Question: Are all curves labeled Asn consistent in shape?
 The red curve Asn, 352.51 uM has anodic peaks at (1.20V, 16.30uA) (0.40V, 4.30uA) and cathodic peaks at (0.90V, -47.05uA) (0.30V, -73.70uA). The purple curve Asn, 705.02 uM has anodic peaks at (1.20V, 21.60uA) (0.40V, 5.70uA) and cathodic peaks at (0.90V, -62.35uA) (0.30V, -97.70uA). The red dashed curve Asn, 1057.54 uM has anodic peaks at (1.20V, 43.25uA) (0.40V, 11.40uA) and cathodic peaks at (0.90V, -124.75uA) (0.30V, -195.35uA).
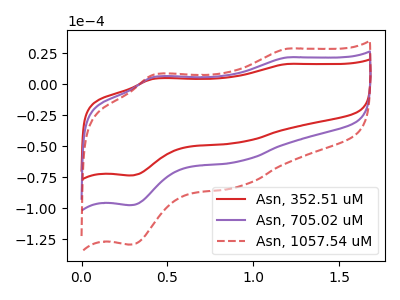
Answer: <think>All the peaks in "Asn, 352.51 uM" have a peak in "Asn, 705.02 uM" at the same potential. Every peak in "Asn, 352.51 uM" is lower than every peak in "Asn, 705.02 uM". All the peaks in "Asn, 352.51 uM" have a peak in "Asn, 1057.54 uM" at the same potential. Every peak in "Asn, 352.51 uM" is lower than every peak in "Asn, 1057.54 uM". All the peaks in "Asn, 705.02 uM" have a peak in "Asn, 1057.54 uM" at the same potential. Every peak in "Asn, 705.02 uM" is lower than every peak in "Asn, 1057.54 uM".
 </think>
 <answer>All the CV's of "Asn" have similar shape.</answer>
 <eval>follow_rule</eval>